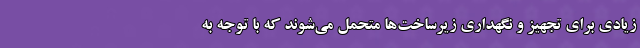
زیادی برای تجهیز و نگهداری زیرساخت‌ها متحمل می‌شوند که با توجه به